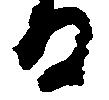
る